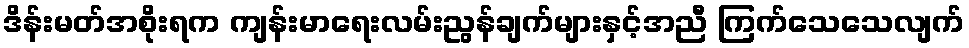
ဒိန်းမတ်အစိုးရက ကျန်းမာရေးလမ်းညွန်ချက်များနှင့်အညီ ကြက်သေသေလျက်